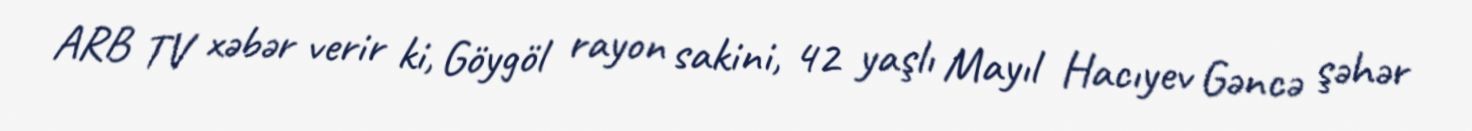
ARB TV xəbər verir ki, Göygöl rayon sakini, 42 yaşlı Mayıl Hacıyev Gəncə şəhər